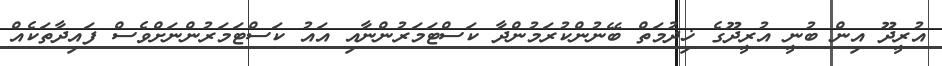
އުރީދޫ އިން ބުނީ އުރީދޫގެ ޚިދުމަތް ބޭނުންކުރަމުންދާ ކަސްޓަމަރުންނާއި އައު ކަސްޓަމަރުންނަށްވެސް ފައިދާތަކެއް